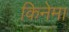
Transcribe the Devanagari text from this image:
किनेमा